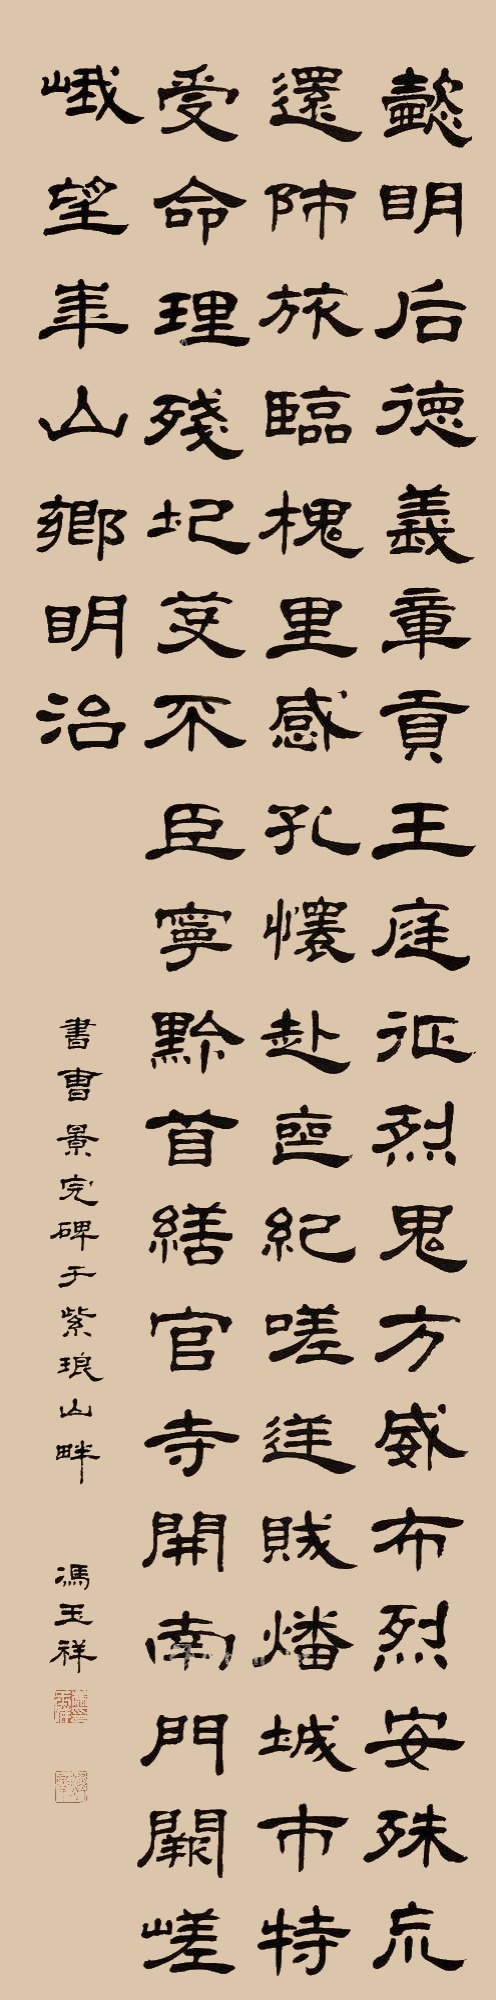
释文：懿明后，德义章，贡王廷，征烈鬼方，威布烈，安殊荒。还师旅，临槐里。感孔怀，赴丧纪。嗟逆贼，燔城市。特受命，理残圯，芟不臣，宁黔首。缮官寺，开南门，阙嵯峨，望华山，乡明治。书曹景完碑于紫琅山畔，冯玉祥。